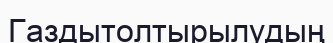
Газдытолтырылудың